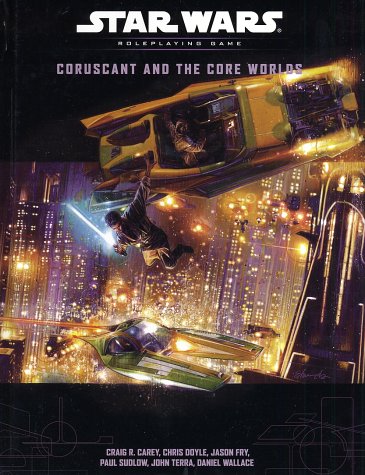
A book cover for Coruscant and the Core Worlds (Star Wars Roleplaying Game); Craig Robert Carey; Science Fiction & Fantasy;